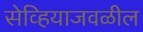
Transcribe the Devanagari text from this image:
सेव्हियाजवळील